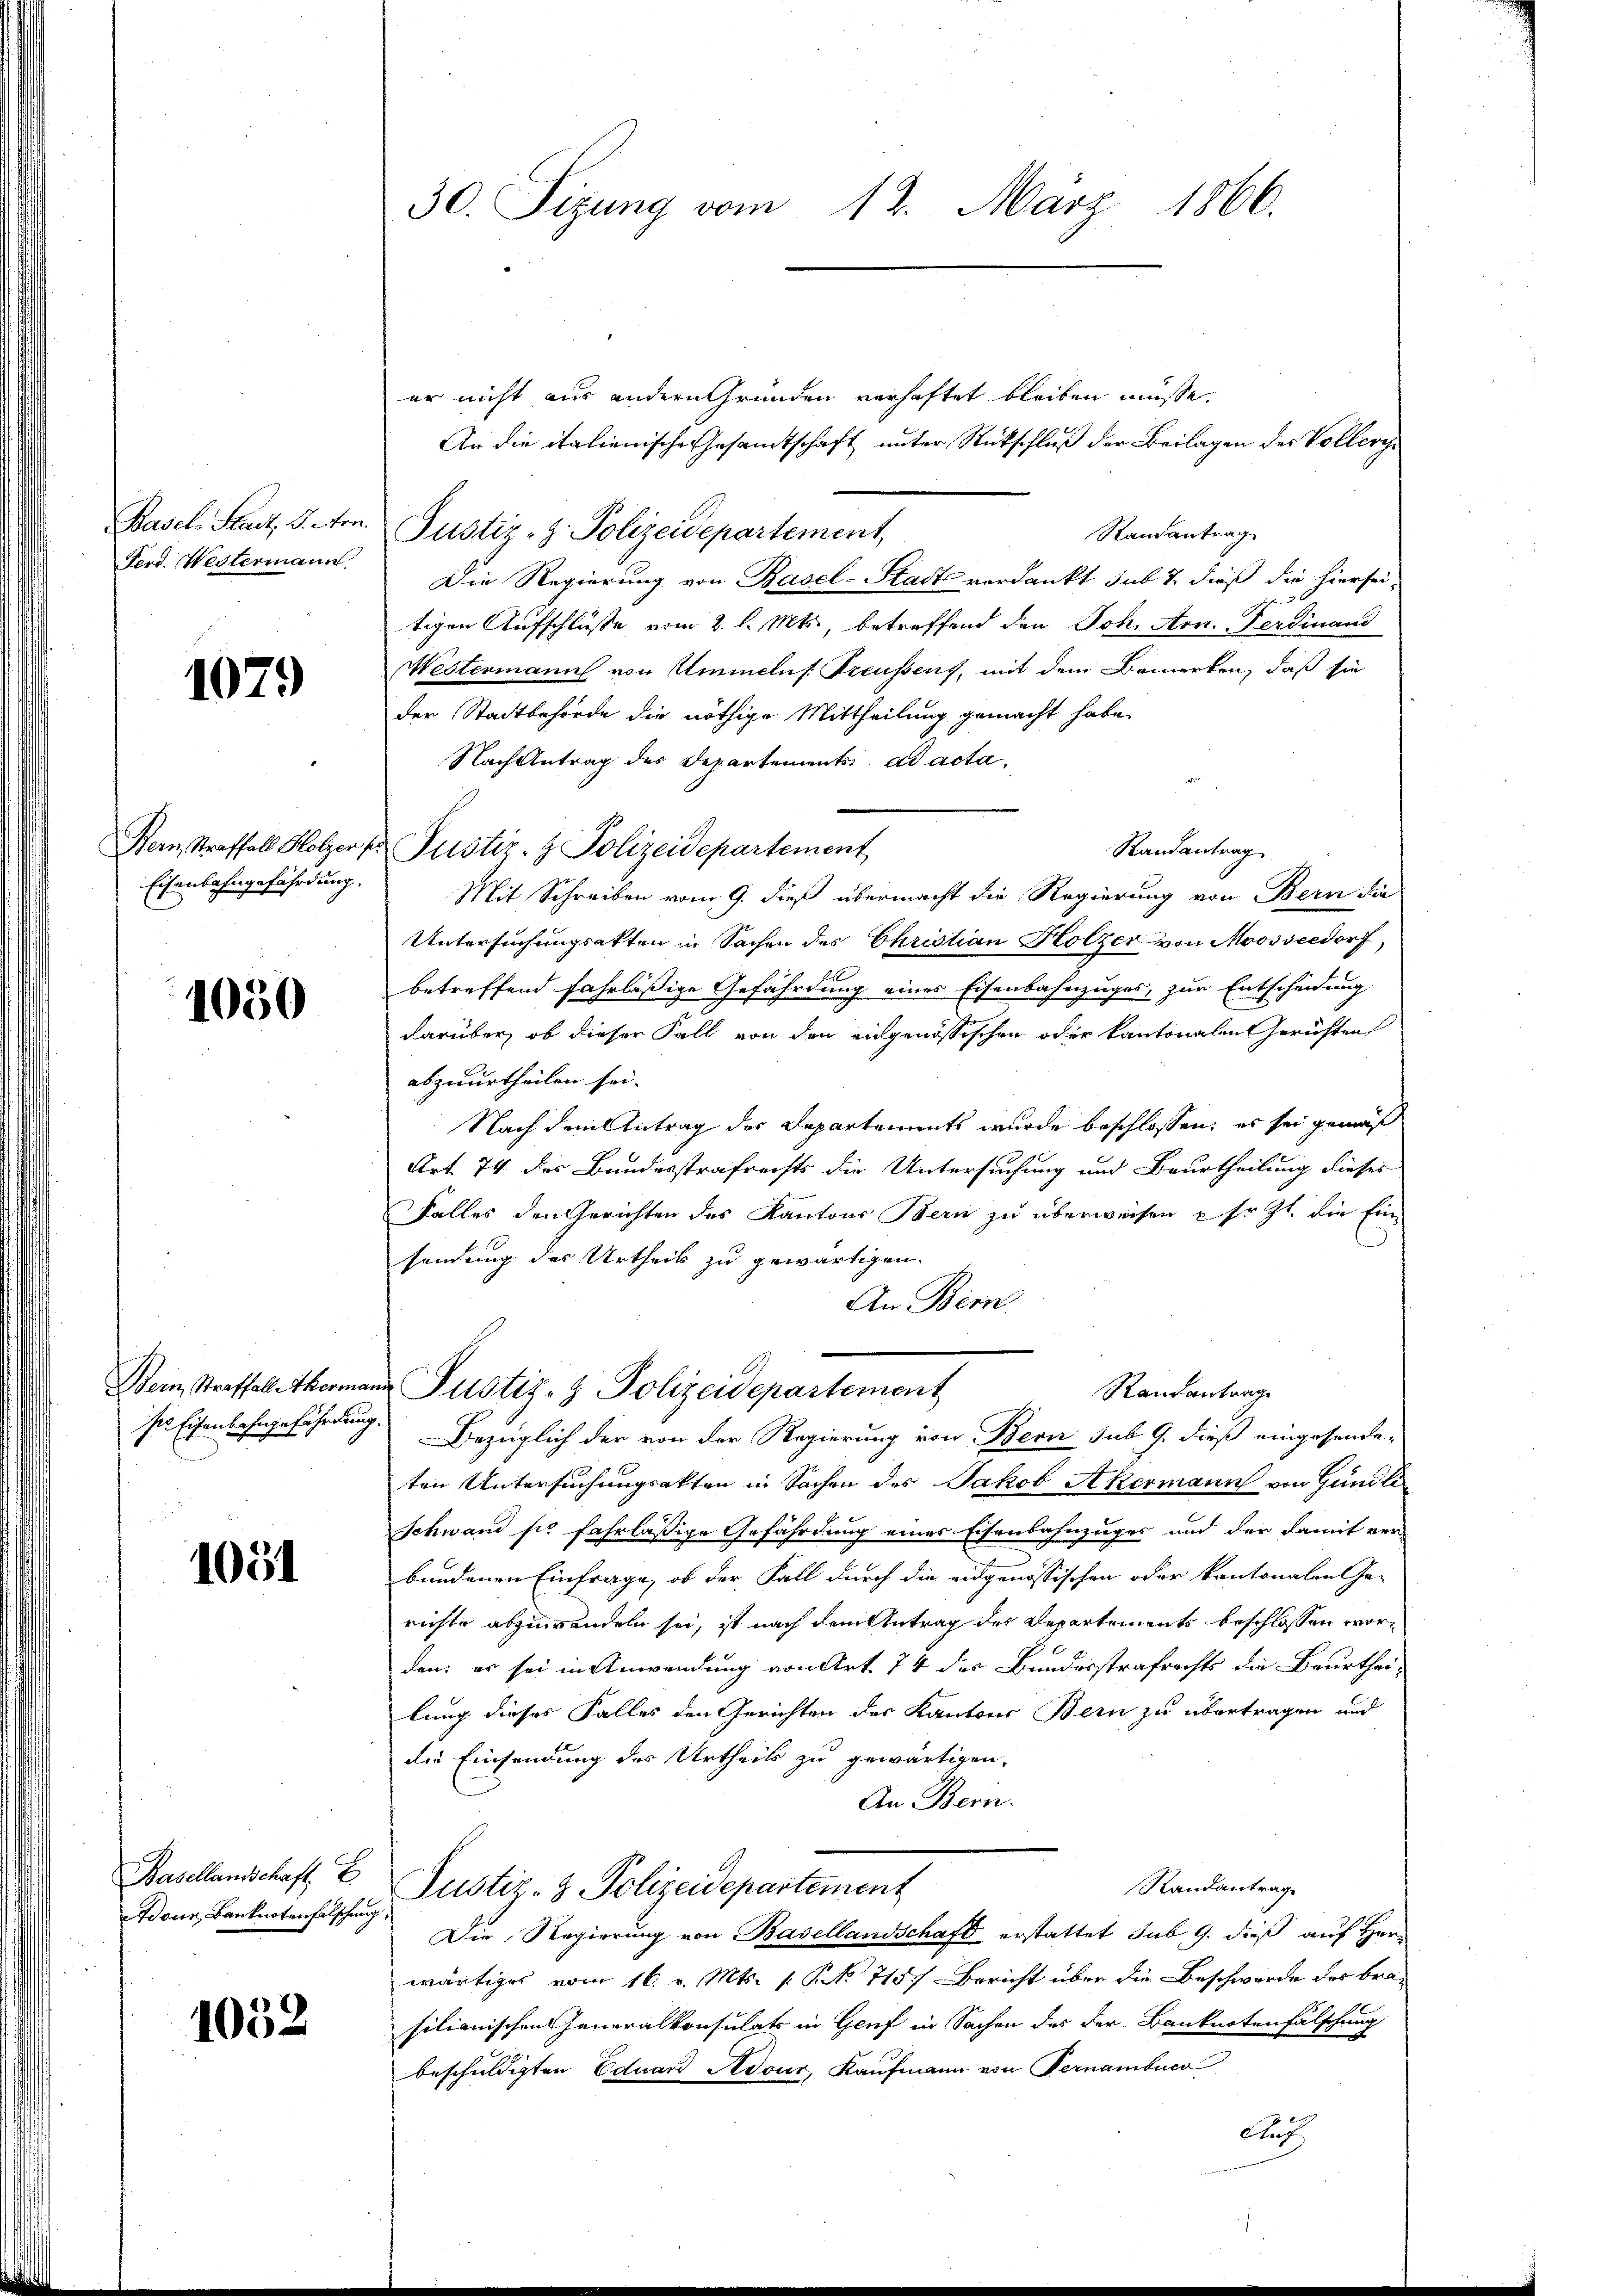
Basel-Stadt, S. Nr.
Ferd. Westermann.

1079

Eisenbahngefährdung.

1050

Bein Straffall Aherma

1051

Bonn, Banknotenfalschung

1032

30. Sizung vom 12. März 1866.

er nicht aus andern Gründen verhaftet bleiben müsse.
An die italienische Gesamtschaft unter Rückschluß der Beilagen des Volleri
Justiz-Z. Polizeidepartement,
Randantrag
Die Regierung von Basel-Stadt verdankt sub 7. dieß die hierseitigen Aufschlüsse vom 2. l. Mts., betreffend den Joh. Arn. Ferdinand
Westermann von Ammelns. Treussens, mit dem Bemerken, daß sie
der Stadtbehörde die nöthige Mittheilung gemacht habe.
Nach Antrag des Departements ad acta,
Hern Straffall Holzer pr Justiz- & Polizeidepartement
Randantrag
Mit Schreiben vom 9. dieß übermacht die Regierung von Bern die
Untersuchungsakten in Sachen des Christian Holzer von Moosseldorf,
betreffend fahrläßige Gefährdung eines Eisenbahnzuges, zur Entscheidung
darüber, ob dieser Fall von den eingenössischen oder kantonalen Gerichten
abzuurtheilen sei.
Nach dem Antrag des Departaments wurde beschlossen: es sei gemäß
Art. 74 des Bundesstrafrechts die Untersuchung und Beurtheilung dieses
Falles den Gerichten des Kantons Bern zu überweisen sr. Zt. die Einsendung des Urtheils zu gewärtigen.
An Bern.
um Justiz- & Polizeidepartement
Randantrage
se Eisenbahngefährdung. Bezüglich der von der Regierung von Bern sub. 9. dieß eingesandeten Untersuchungsakten in Sachen des Jakob Akermann von Gundli
Schwand sie fahrläßige Gefährdung eines Eisenbahnzuges und der damit ver-
bundenen Einfrage, ob der Fall durch die eidgenössischen oder kantonalen Ge-
richte abzuwandeln sei, ist nach dem Antrag des Departements beschlossen worden: es sei in Anwendung von Art. 74 des Bundesstrafrechts die Beurthei-
lung dieses Falles den Gerichten der Kantons Bern zu übertragen und
die Einsendung des Urtheils zu gewärtigen.
An Bern.
Basellanschaft E Justiz- & Polizeidepartement
Randantrag
Die Regierung von Basellandschaft erstattet sub. 9. dieß auf Herr
wärtiges vom 16. v. Mts. 1. P. No 715. Bericht über die Beschwerde des bra
silianischen Generalkonsulats in Genf in Sachen des der Banknotenfälschung
beschuldigten Eduard Adour, Kaufmann von Pernambuco
Auch